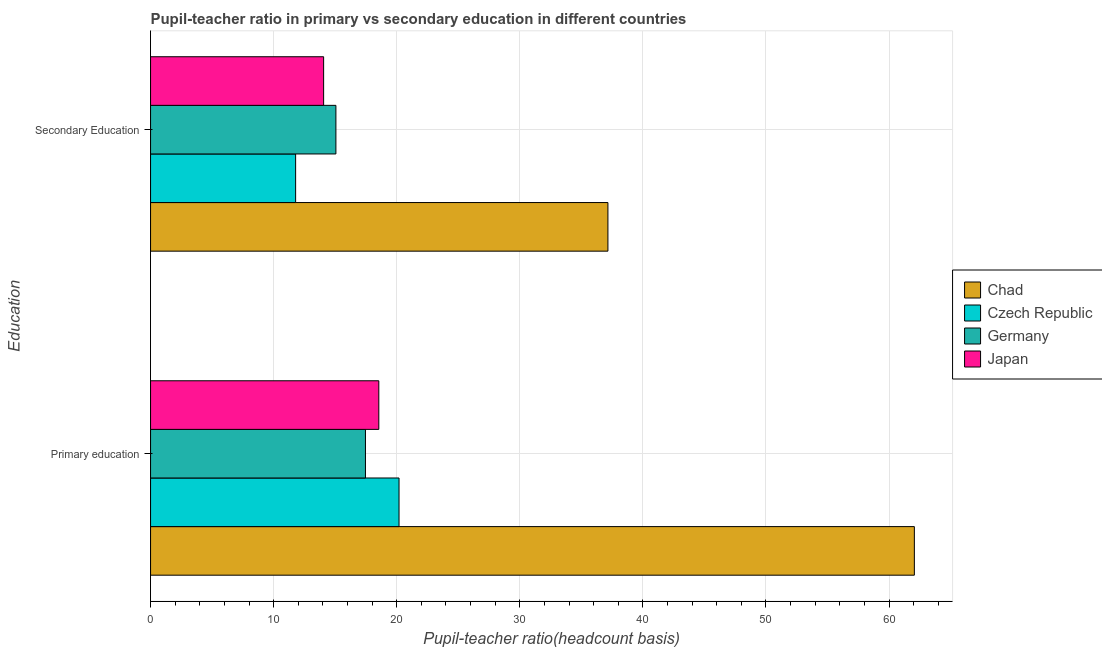
| Education | Chad | Czech Republic | Germany | Japan |
 | --- | --- | --- | --- | --- |
 | Primary education | 62.1 | 20.2 | 17.5 | 18.5 |
 | Secondary Education | 37.2 | 11.8 | 15.1 | 14.1 |